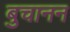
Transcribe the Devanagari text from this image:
बुचानन